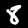
Digit: 8